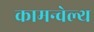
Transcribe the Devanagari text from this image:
कामन्वेल्थ